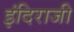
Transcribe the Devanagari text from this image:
इंदिराजी